Vaccination report Assam 1896-1927 - 1896-1927
Year: 1896
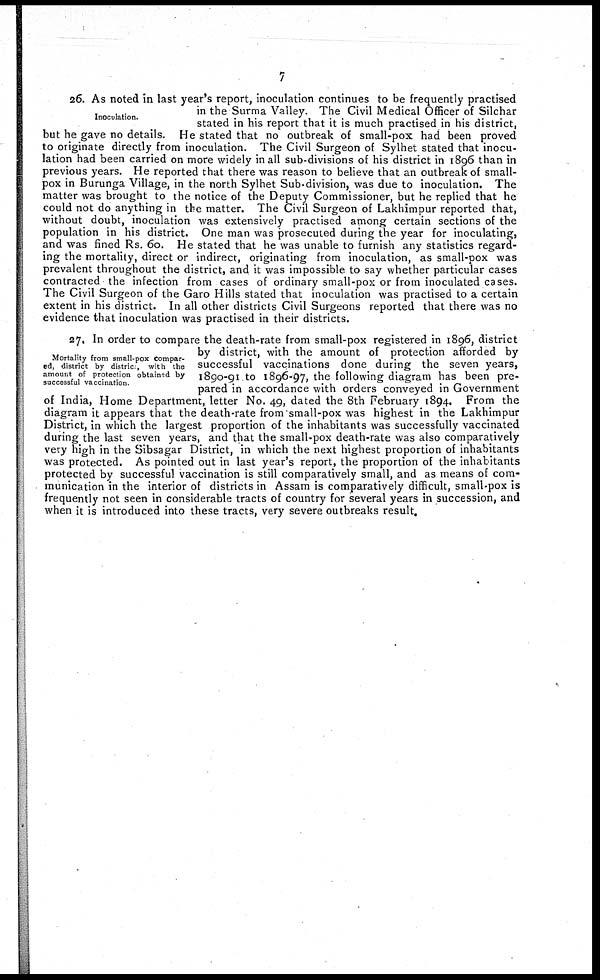
7
Inoculation.
26. As noted in last year's report, inoculation continues to be frequently practised
in the Surma Valley. The Civil Medical Officer of Silchar
stated in his report that it is much practised in his district,
but he gave no details. He stated that no outbreak of small-pox had been proved
to originate directly from inoculation. The Civil Surgeon of Sylhet stated that inocu-
lation had been carried on more widely in all sub-divisions of his district in 1896 than in
previous years. He reported that there was reason to believe that an outbreak of small-
pox in Burunga Village, in the north Sylhet Sub-division, was due to inoculation. The
matter was brought to the notice of the Deputy Commissioner, but he replied that he
could not do anything in the matter. The Civil Surgeon of Lakhimpur reported that,
without doubt, inoculation was extensively practised among certain sections of the
population in his district. One man was prosecuted during the year for inoculating,
and was fined Rs. 60. He stated that he was unable to furnish any statistics regard-
ing the mortality, direct or indirect, originating from inoculation, as small-pox was
prevalent throughout the district, and it was impossible to say whether particular cases
contracted the infection from cases of ordinary small-pox or from inoculated cases.
The Civil Surgeon of the Garo Hills stated that inoculation was practised to a certain
extent in his district. In all other districts Civil Surgeons reported that there was no
evidence that inoculation was practised in their districts.
Mortality from small-pox compar-
ed, district by distric , with the
amount of protection obtained by
successful vaccination
27. In order to compare the death-rate from small-pox registered in 1896, district
by district, with the amount of protection afforded by
successful vaccinations done during the seven years,
1890-91 to 1896-97, the following diagram has been pre-
pared in accordance with orders conveyed in Government
of India, Home Department, letter No. 49, dated the 8th February 1894. From the
diagram it appears that the death-rate from small-pox was highest in the Lakhimpur
District, in which the largest proportion of the inhabitants was successfully vaccinated
during the last seven years, and that the small-pox death-rate was also comparatively
very high in the Sibsagar District, in which the next highest proportion of inhabitants
was protected. As pointed out in last year's report, the proportion of the inhabitants
protected by successful vaccination is still comparatively small, and as means of com-
munication in the interior of districts in Assam is comparatively difficult, small-pox is
frequently not seen in considerable tracts of country for several years in succession, and
when it is introduced into these tracts, very severe outbreaks result.